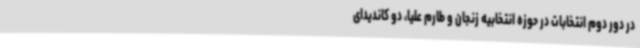
در دور دوم انتخابات در حوزه انتخابیه زنجان و طارم علیا، دو کاندیدای